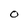
Character: O